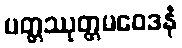
ပတ္တဿုတ္တမဝေဒနံ